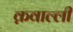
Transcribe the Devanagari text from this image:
क़वाल्ली